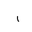
Letter: _alif